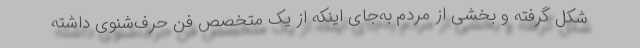
شکل گرفته و بخشی از مردم به‌جای اینکه از یک متخصص فن حرف‌شنوی داشته